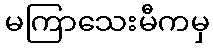
မကြာသေးမီကမှ